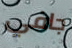
جافي